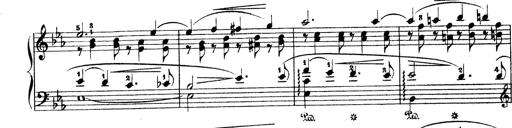
Title: Wagner-Liszt Album
Composer: Franz Liszt